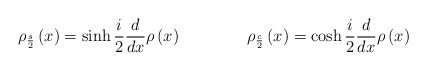
\begin{align*}\rho _{\frac {s}{2}}\left( x\right) =\sinh \frac {i}{2} \frac {d}{dx}\rho\left( x\right) \qquad \qquad\rho _{\frac {c}{2}}\left( x\right) =\cosh \frac{i}{2}\frac {d}{dx}\rho \left( x\right)\end{align*}